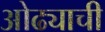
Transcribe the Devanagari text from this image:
ओढ्याची